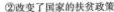
②改变了国家的扶贫政策